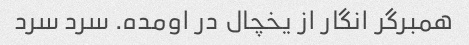
همبرگر انگار از یخچال در اومده. سرد سرد